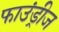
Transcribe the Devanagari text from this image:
फाउंड्रीज